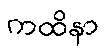
ကထိနာ